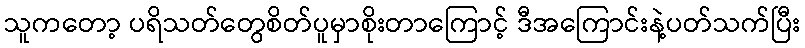
သူကတော့ ပရိသတ်တွေစိတ်ပူမှာစိုးတာကြောင့် ဒီအကြောင်းနဲ့ပတ်သက်ပြီး